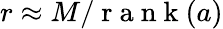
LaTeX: r\approx M/\mathrm{~r~a~n~k~}(a)